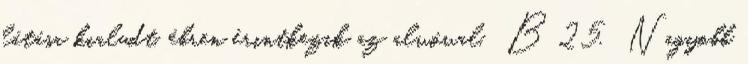
látása kialudt, ébren érintkezik az alvóval. B 25. Nagyobb